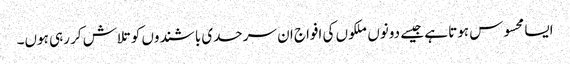
ایسا محسوس ہوتا ہے جیسے دونوں ملکوں کی افواج ان سرحدی باشندوں کو تلاش کر رہی ہوں۔